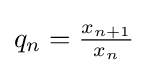
{\textstyle q_{n}={\frac {x_{n+1}}{x_{n}}}}